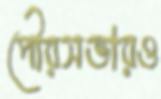
পৌরসভারও